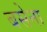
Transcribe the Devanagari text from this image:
बसेना